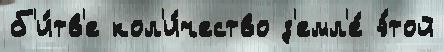
б'и́тв'е кол'и́чество з'емл'е́ э́той